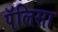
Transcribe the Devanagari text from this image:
पॅलिसा